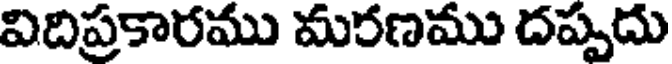
విదిప్రకారము మరణము దప్పదు